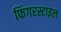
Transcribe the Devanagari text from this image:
फिंगरस्टाइल